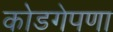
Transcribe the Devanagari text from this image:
कोडगेपणा